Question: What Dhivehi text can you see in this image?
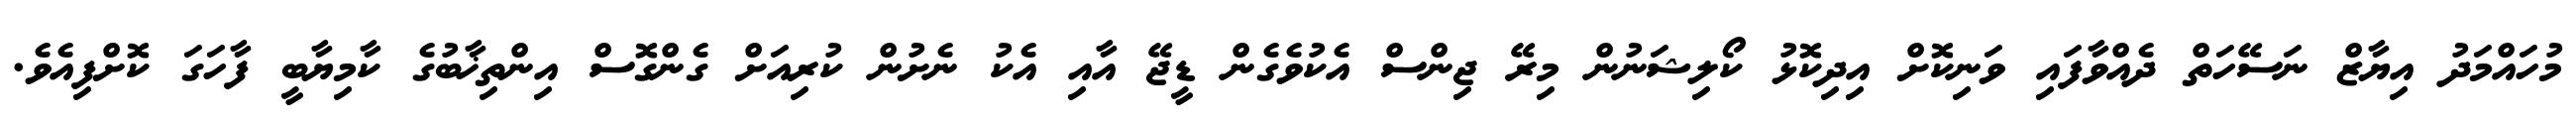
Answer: މުހައްމަދު އިޔާޒް ނަސޭހަތް ދެއްވާފައި ވަނިކޮށް އިދިކޮޅު ކޯލިޝަނުން މިރޭ ޖިންސް އެކުވެގެން ޑީޖޭ އާއި އެކު ނެށުން ކުރިއަށް ގެންގޮސް އިންތިޚާބުގެ ކާމިޔާބީ ފާހަގަ ކޮށްފިއެވެ.